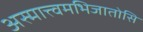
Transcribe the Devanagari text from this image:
अस्मात्त्वमभिजातोसि